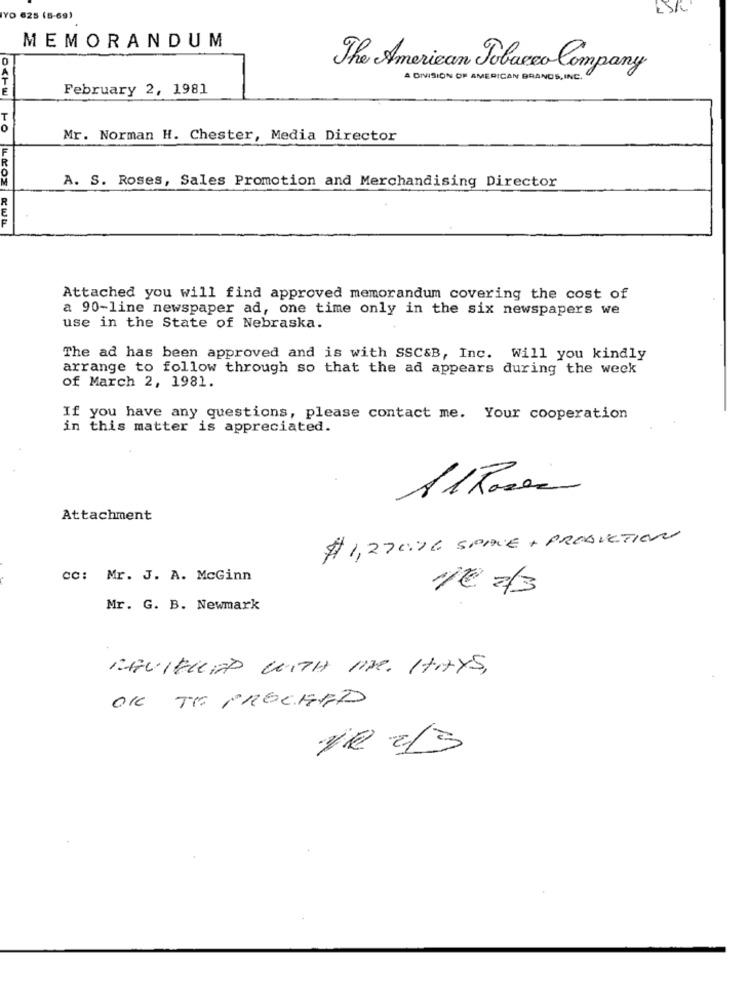
YO 625 (5-69)
MEMORANDUM
0
The American Tobacco Company
A DIVISION OF AMERICAN BRANDS, INC.
É
February 2, 1981
HO
Mr. Norman H. Chester, Media Director
A. S. Roses, Sales Promotion and Merchandising Director
LEOE
Attached you will find approved memorandum covering the cost of
a 90-line newspaper ad, one time only in the six newspapers we
use in the State of Nebraska.
The ad has been approved and is with SSC&B, Inc. Will you kindly
arrange to follow through so that the ad appears during the week
of March 2, 1981.
If you have any questions, please contact me. Your cooperation
in this matter is appreciated.
Attachment
# 1,27006 SPACE + PRODUCTION
cc: Mr. J. A. McGinn
Mr. G. B. Newmark
RAVITUND WITH ME. HAYS,
OK TE PROCHÃO